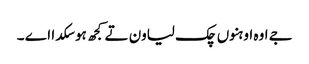
جے اوہ اوہنوں چک لیاون تے کجھ ہو سکدا اے ۔